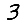
Digit: 3